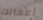
أعمالك